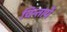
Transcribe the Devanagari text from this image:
चिन्तायें